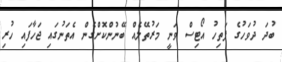
ބުދަ ދުވަހުގެ ފަތިހު އޯޓިސް ވަނީ މަރުތޭލެއް ބޭނުންކޮށްގެން އެތަނުގައި ޖަހާފައި ހުރި